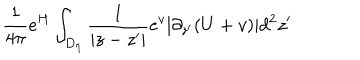
LaTeX: \frac { 1 } { 4 \pi } e ^ { H } \int _ { D _ { \eta } } \frac { 1 } { | z - z ^ { \prime } | } e ^ { v } | \partial _ { z ^ { \prime } } ( U + v ) | d ^ { 2 } z ^ { \prime }